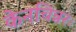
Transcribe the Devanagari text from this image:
केनचिन्नरः